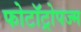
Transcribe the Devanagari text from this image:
फोटॉट्रोपज्म